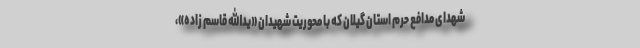
شهدای مدافع حرم استان گیلان که با محوریت شهیدان «یدالله قاسم زاده»،